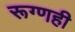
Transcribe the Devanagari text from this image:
रूग्णही